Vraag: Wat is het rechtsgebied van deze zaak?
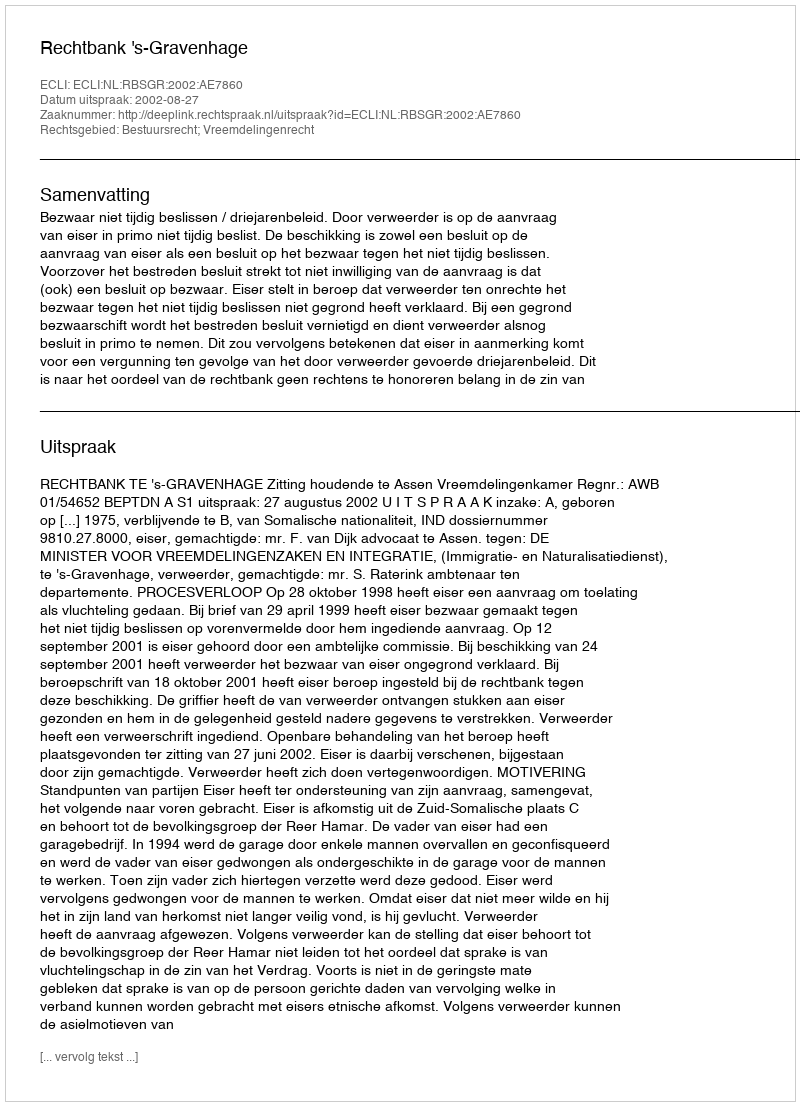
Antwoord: Bestuursrecht; Vreemdelingenrecht